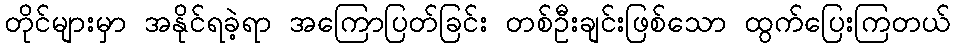
တိုင်များမှာ အနိုင်ရခဲ့ရာ အကြောပြတ်ခြင်း တစ်ဦးချင်းဖြစ်သော ထွက်ပြေးကြတယ်